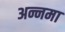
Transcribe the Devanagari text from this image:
अन्नमा